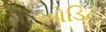
ઓડિટ